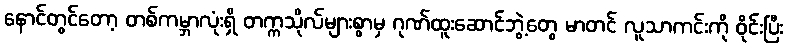
နောင်တွင်တော့ တစ်ကမ္ဘာလုံးရှိ တက္ကသိုလ်များစွာမှ ဂုဏ်ထူးဆောင်ဘွဲ့တွေ မာတင် လူသာကင်းကို ဝိုင်းပြီး